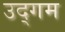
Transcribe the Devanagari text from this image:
उद्‌गम